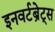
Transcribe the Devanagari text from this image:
इनवर्टब्रेट्स